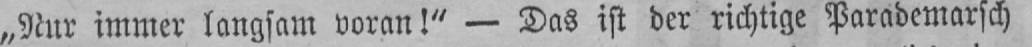
„Nur immer langsam voran!“ - Das ist der richtige Parademarsch